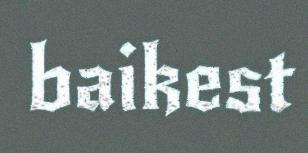
baikest